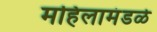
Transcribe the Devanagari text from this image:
महिलामंडळे